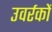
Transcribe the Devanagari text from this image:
उवर्रकों